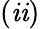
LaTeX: (\mathit{i}\mathit{i})